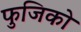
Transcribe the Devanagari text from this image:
फुजिको